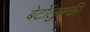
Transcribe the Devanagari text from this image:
बेर्टोलुक्की